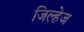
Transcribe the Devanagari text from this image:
जिल्हेज